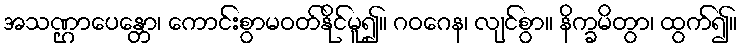
အသဏ္ဌာပေန္တော၊ ကောင်းစွာမဝတ်နိုင်မူ၍။ ဂဝဂေန၊ လျင်စွာ။ နိက္ခမိတွာ၊ ထွက်၍။